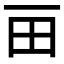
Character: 𰢴